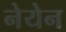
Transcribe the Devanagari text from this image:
नेयेन